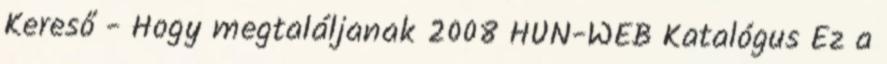
Kereső - Hogy megtaláljanak 2008 HUN-WEB Katalógus Ez a